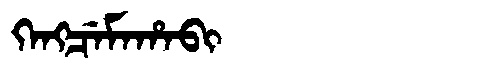
Manchu: ᡴᡝᠩᠴᡝᠮᠠᡥᠠᠪᡳ
Romanization: KENGCEMAHABI